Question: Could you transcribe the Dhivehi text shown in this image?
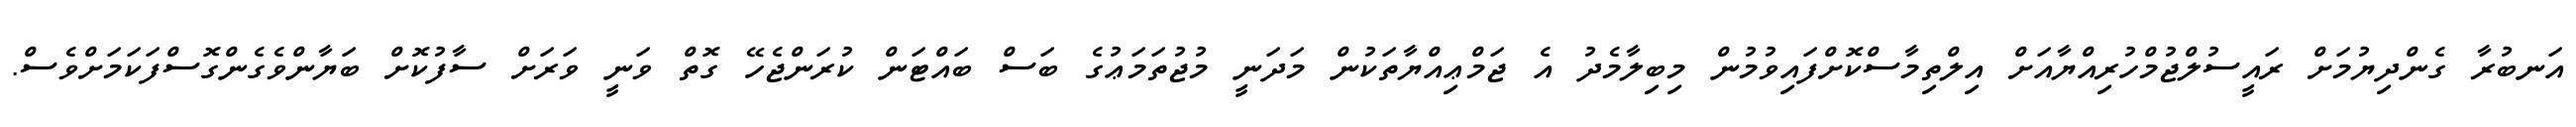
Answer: އަނބުރާ ގެންދިޔުމަށް ރައީސުލްޖުމްހުރިއްޔާއަށް އިލްތިމާސްކޮށްފައިވުމުން މިބިލާމެދު އެ ޖަމްޢިއްޔާތަކުން މަދަނީ މުޖުތަމަޢުގެ ބަސް ބައްޓަން ކުރަންޖެހޭ ގޮތް ވަނީ ވަރަށް ސާފުކޮށް ބަޔާންވެގެންގޮސްފަކަމަށްވެސް.